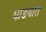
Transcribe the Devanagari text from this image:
भांडयात